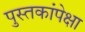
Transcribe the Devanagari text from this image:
पुस्तकांपेक्षा